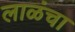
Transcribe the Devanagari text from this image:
लाळंचा